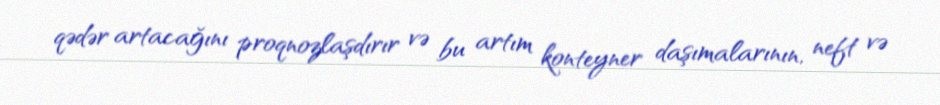
qədər artacağını proqnozlaşdırır və bu artım konteyner daşımalarının, neft və